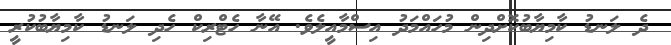
ދެ ލަނޑު ކާމިޔާބުކޮށްދިން މުހައްމަދު އިސްމާއީލެވެ. އޭނާ ހެޓްރިކް ހެދި ލަނޑު ކާމިޔާބުކުރީ